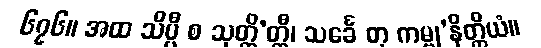
၆၇၆။ အထ သိပ္ပီ စ သုတ္တိ’တ္ထီ၊ သင်္ခေ တု ကမ္ဗု’နိတ္ထိယံ။